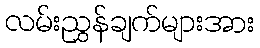
လမ်းညွှန်ချက်များအား